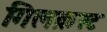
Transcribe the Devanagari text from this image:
गिलक्रस्ट